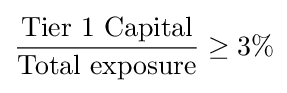
{\frac {\mbox{Tier 1 Capital}}{\mbox{Total exposure}}}\geq 3\%